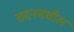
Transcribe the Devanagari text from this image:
सदनमधील